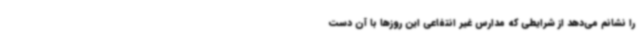
را نشانم می‌دهد از شرایطی که مدارس غیر انتفاعی این روزها با آن دست